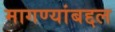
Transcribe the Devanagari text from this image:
मागण्यांबद्दल